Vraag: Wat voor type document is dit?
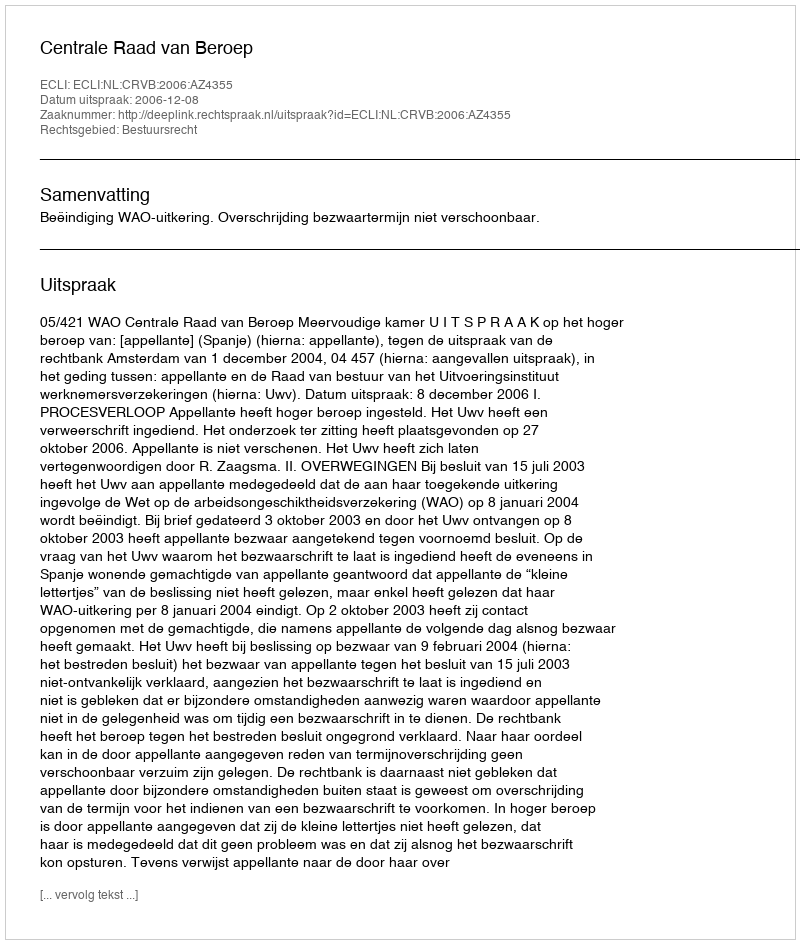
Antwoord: Uitspraak